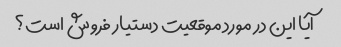
آیا این در مورد موقعیت دستیار فروش است؟